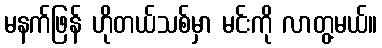
မနက်ဖြန် ဟိုတယ်သစ်မှာ မင်းကို လာတွ့မယ်။